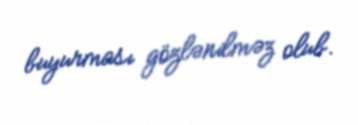
buyurması gözlənilməz olub.